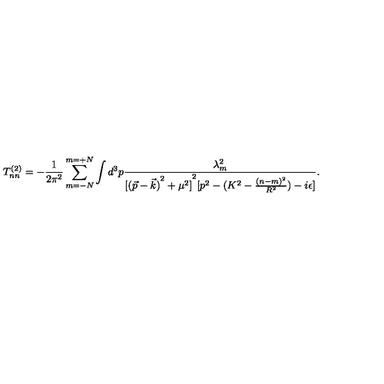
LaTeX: T _ { n n } ^ { ( 2 ) } = - \frac { 1 } { 2 \pi ^ { 2 } } \sum _ { m = - N } ^ { m = + N } \int d ^ { 3 } p \frac { \lambda _ { m } ^ { 2 } } { { [ { ( \vec { p } - \vec { k } ) } ^ { 2 } + \mu ^ { 2 } ] } ^ { 2 } [ p ^ { 2 } - ( K ^ { 2 } - \frac { { ( n - m ) } ^ { 2 } } { R ^ { 2 } } ) - i \epsilon ] } .